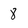
Character: 8